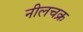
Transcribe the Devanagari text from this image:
नीलचक्र